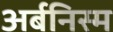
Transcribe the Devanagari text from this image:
अर्बनिस्म